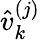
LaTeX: \hat{v}_{k}^{(j)}